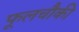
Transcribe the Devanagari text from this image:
फूलचौकी